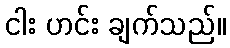
ငါး ဟင်း ချက်သည်။